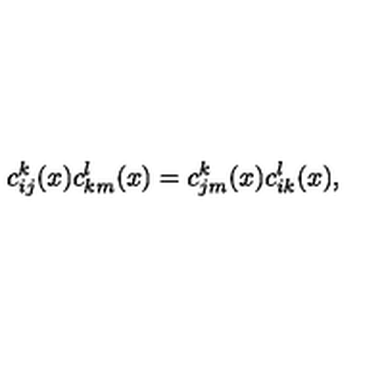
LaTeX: c _ { i j } ^ { k } ( x ) c _ { k m } ^ { l } ( x ) = c _ { j m } ^ { k } ( x ) c _ { i k } ^ { l } ( x ) ,